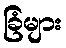
ခြံများ